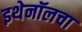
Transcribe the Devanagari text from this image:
इथेनॉलचा